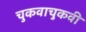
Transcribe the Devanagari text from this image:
चुकवाचुकवी